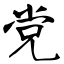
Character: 党